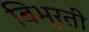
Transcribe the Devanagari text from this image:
बिभ्रती